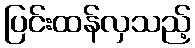
ပြင်းထန်လှသည့်